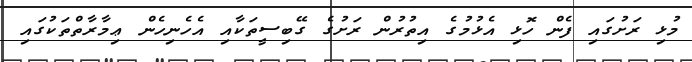
މުޅި ރަށުގައި ފެން ހޮޅި އެޅުމުގެ އިތުރުން ރަށުގެ ގޭބިސީތަކާއި އެހެނިހެން ޢިމާރާތްތަކުގައި